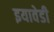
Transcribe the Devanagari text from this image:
इयावेडी